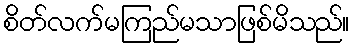
စိတ်လက်မကြည်မသာဖြစ်မိသည်။